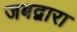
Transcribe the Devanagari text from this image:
जबद्वारा